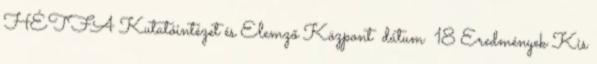
HÉTFA Kutatóintézet és Elemző Központ dátum 18 Eredmények Kis